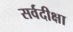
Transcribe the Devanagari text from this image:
सर्वदीक्षा